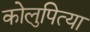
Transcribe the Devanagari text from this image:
कोलुपित्या